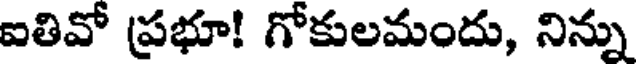
ఐతివో ప్రభూ! గోకులమందు, నిన్ను